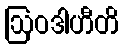
ဩဝဒါဟီတိ